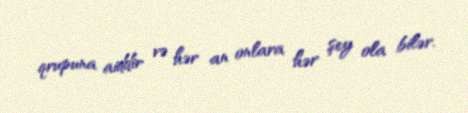
qrupuna aiddir və hər an onlara hər şey ola bilər.